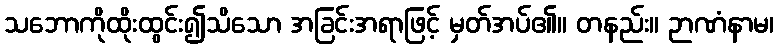
သဘောကိုထိုးထွင်း၍သိသော အခြင်းအရာဖြင့် မှတ်အပ်၏။ တနည်း။ ဉာဏံနာမ၊